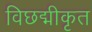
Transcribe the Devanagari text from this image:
विछद्मीकृत